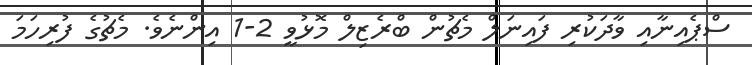
ސްޕެއިނާއި ވާދަކުރި ފައިނަލް މެޗުން ބްރެޒިލް މޮޅުވީ 2-1 އިންނެވެ. މެޗުގެ ފުރިހަމަ